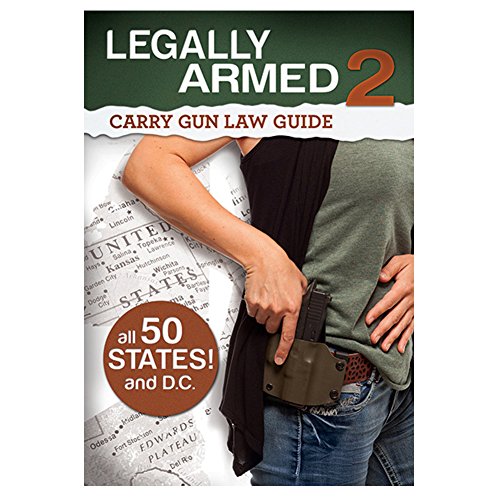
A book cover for Legally Armed 2: Carry Gun Law Guide; Whitman Publishing; Sports & Outdoors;